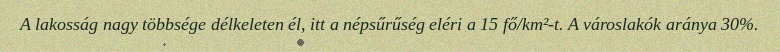
A lakosság nagy többsége délkeleten él, itt a népsűrűség eléri a 15 fő/km²-t. A városlakók aránya 30%.